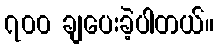
၇၀၀ ချပေးခဲ့ပါတယ်။